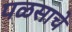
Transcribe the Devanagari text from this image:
पळसाचे